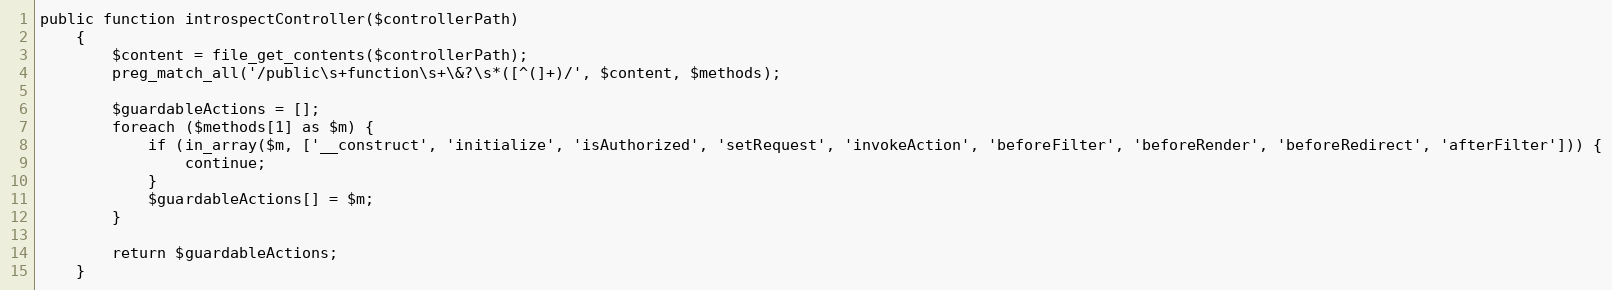
Language: PHP
public function introspectController($controllerPath)
    {
        $content = file_get_contents($controllerPath);
        preg_match_all('/public\s+function\s+\&?\s*([^(]+)/', $content, $methods);

        $guardableActions = [];
        foreach ($methods[1] as $m) {
            if (in_array($m, ['__construct', 'initialize', 'isAuthorized', 'setRequest', 'invokeAction', 'beforeFilter', 'beforeRender', 'beforeRedirect', 'afterFilter'])) {
                continue;
            }
            $guardableActions[] = $m;
        }

        return $guardableActions;
    }